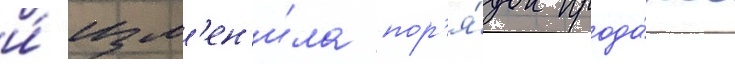
и́ изм'ен'и́ла пор'я́док прода́жи